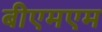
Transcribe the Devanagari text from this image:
बीएमएम